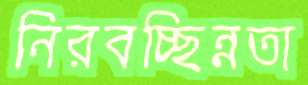
নিরবচ্ছিন্নতা